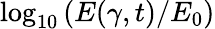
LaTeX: \log_{10}\left(E(\gamma,t)/E_{0}\right)